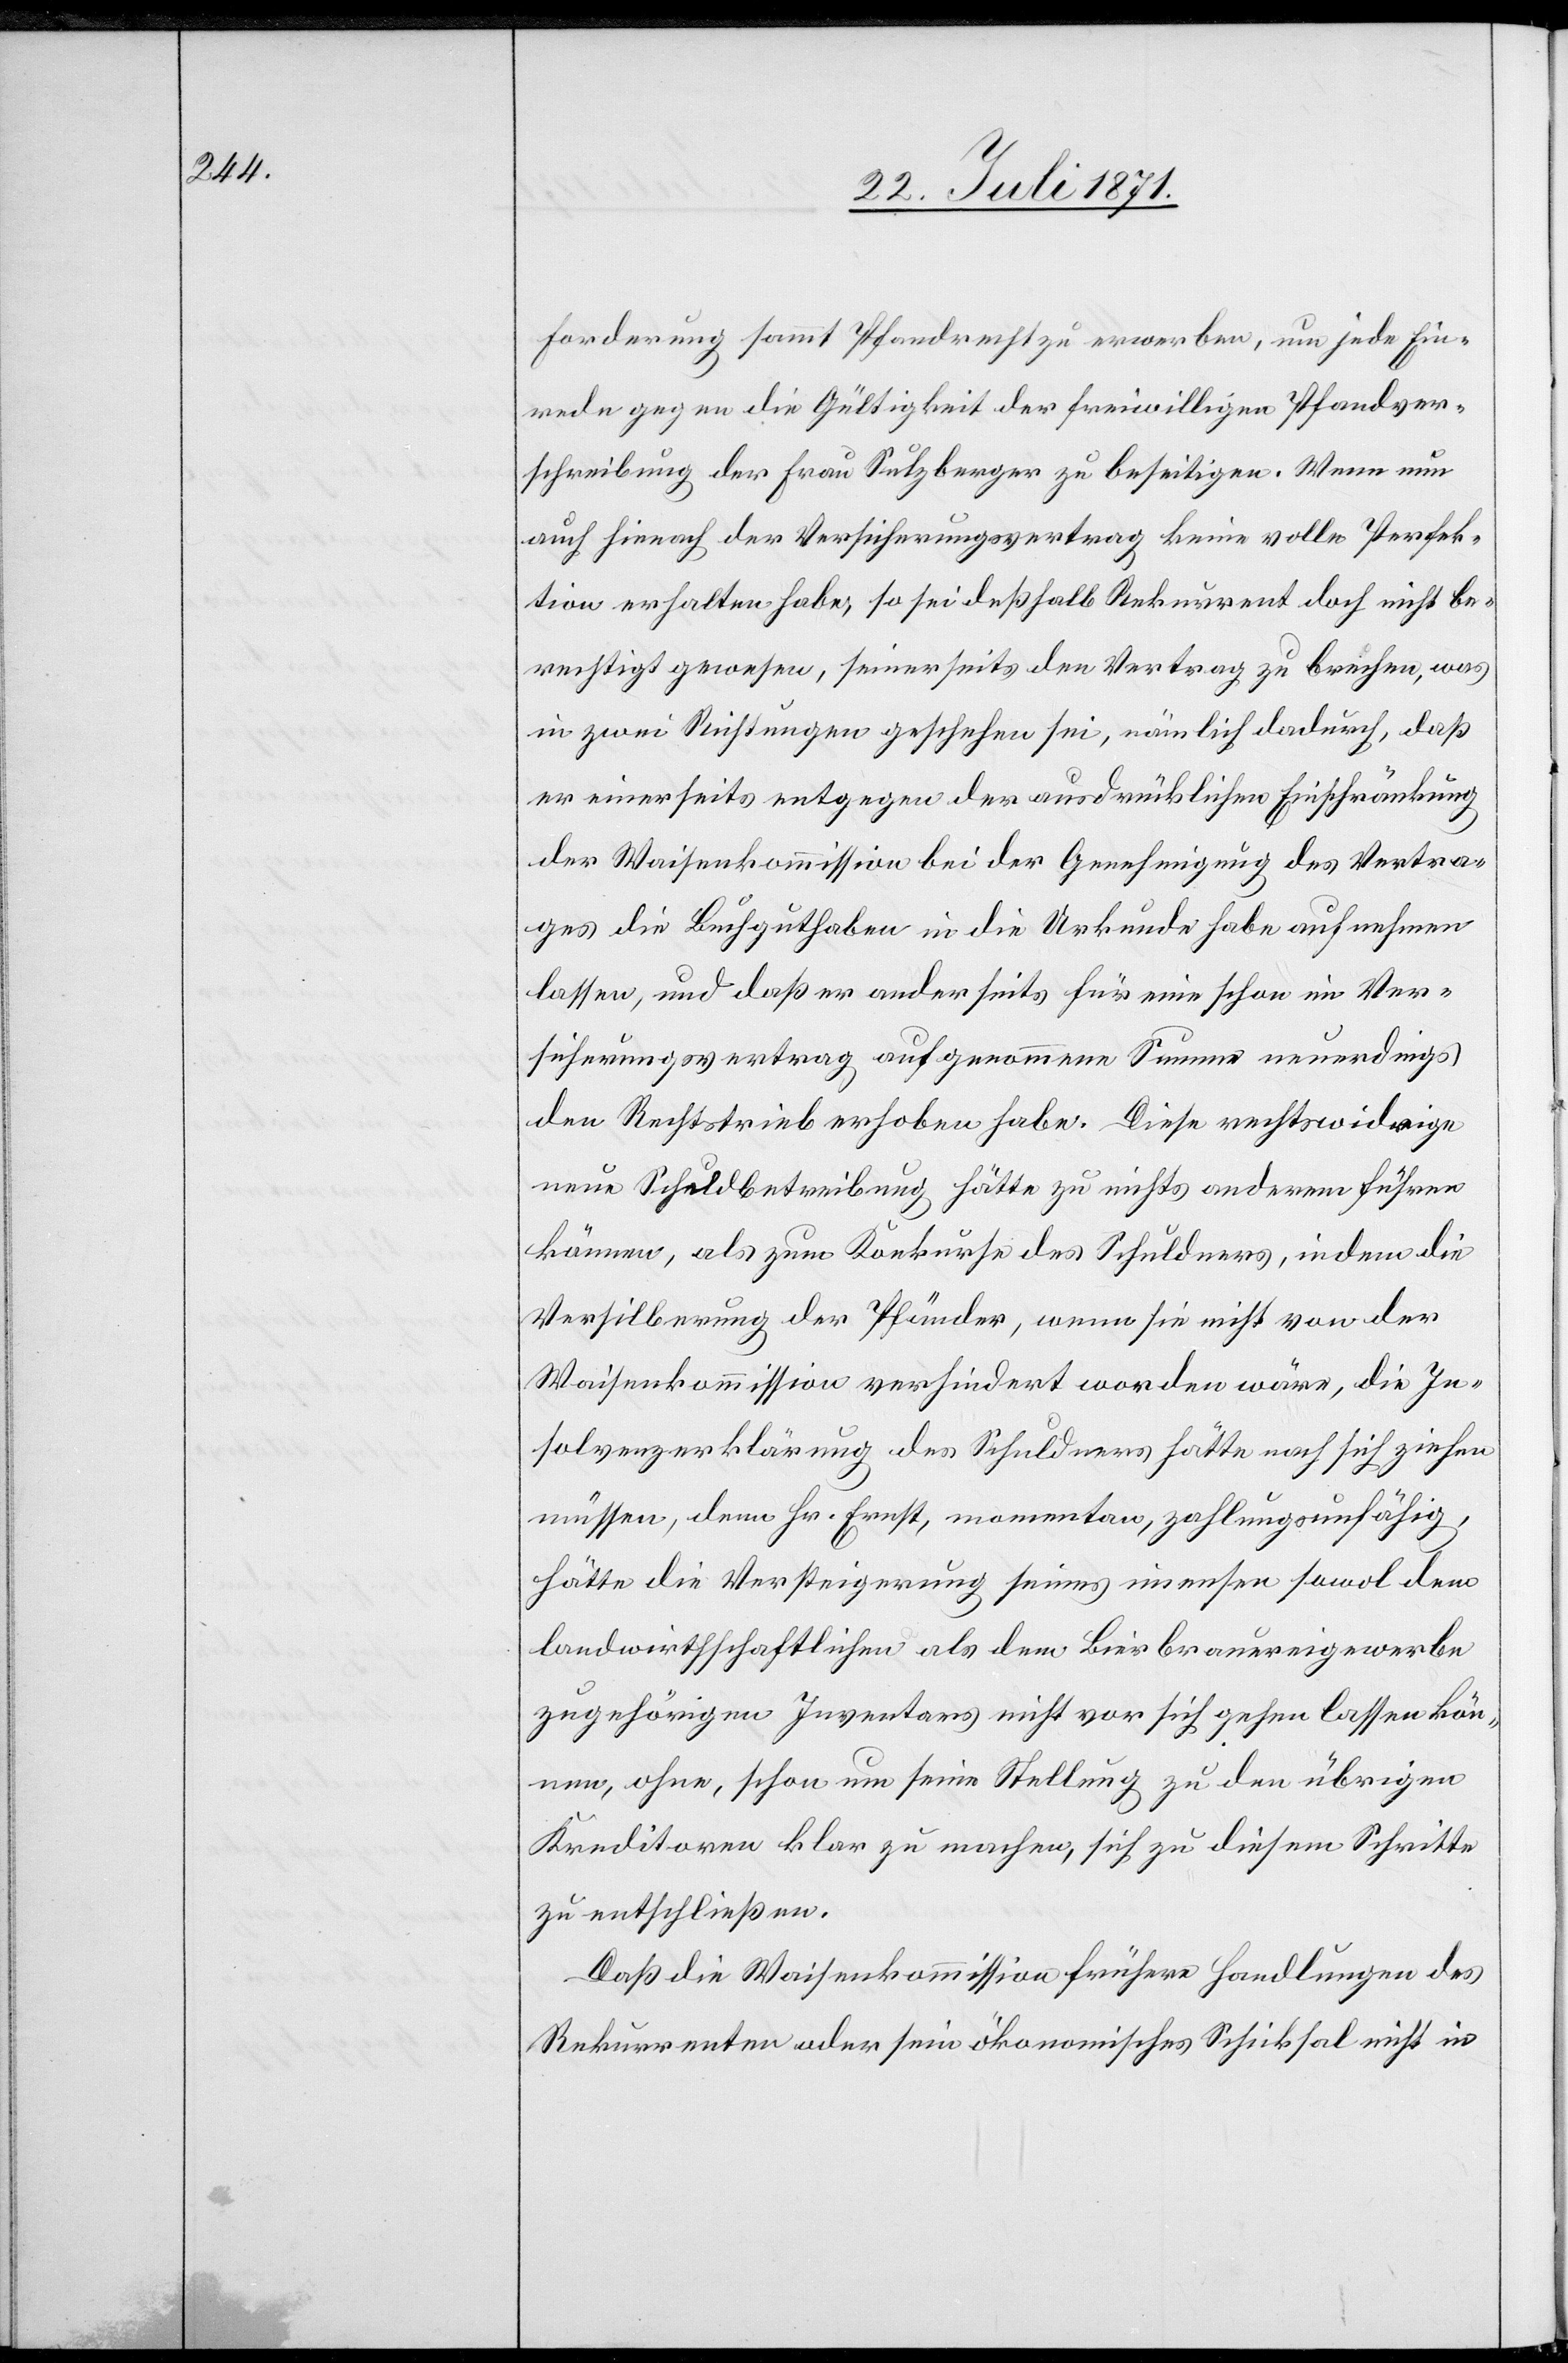
Forderung sammt Pfandrecht zu erwerben, um jede Ein¬
rede gegen die Gültigkeit der freiwilligen Pfandver¬
schreibung der Frau Sulzberger zu beseitigen. Wenn nun
auch hienach der Versicherungsvertrag keine volle Perfek¬
tion erhalten habe, so sei deßhalb Rekurrent doch nicht be¬
rechtigt gewesen, seinerseits den Vertrag zu brechen, was
in zwei Richtungen geschehen sei, nämlich dadurch, daß
er einerseits entgegen der ausdrücklichen Einschränkung
der Waisenkommission bei der Genehmigung des Vertra¬
ges die Buchguthaben in die Urkunde habe aufnehmen
lassen, und daß er anderseits für eine schon im Ver¬
sicherungsvertrag aufgenommene Summe neuerdings
den Rechtstrieb erhoben habe. Diese rechtswidrige
neue Schuldbetreibung hätte zu nichts anderem führen
können, als zum Konkurse des Schuldners, indem die
Versilberung der Pfänder, wenn sie nicht von der
Waisenkommission verhindert worden wäre, die In¬
solvenzerklärung des Schuldners hätte nach sich ziehen
müssen, denn Hr. Ernst, momentan, zahlungsunfähig,
hätte die Versteigerung seines imensen sowol dem
landwirthschaftlichen als dem Bierbrauereigewerbe
zugehörigen Inventars nicht vor sich gehen lassen kön¬
nen, ohne, schon um seine Stellung zu den übrigen
Kreditoren klar zu machen, sich zu diesem Schritte
zu entschließen.
Daß die Waisenkommission frühere Handlungen des
Rekurrenten oder sein ökonomisches Schicksal nicht in